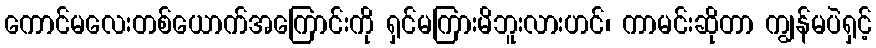
ကောင်မလေးတစ်ယောက်အကြောင်းကို ရှင်မကြားမိဘူးလားဟင်၊ ကာမင်းဆိုတာ ကျွန်မပဲရှင့်